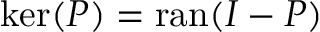
\ker ( P ) = \operatorname { r a n } ( I - P )